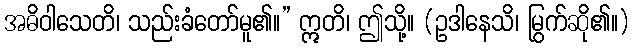
အဓိဝါသေတိ၊ သည်းခံတော်မူ၏။” ဣတိ၊ ဤသို့။ (ဥဒါနေသိ၊ မြွက်ဆို၏။)